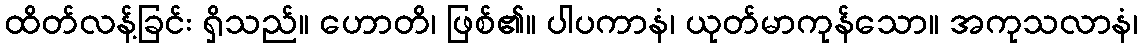
ထိတ်လန့်ခြင်း ရှိသည်။ ဟောတိ၊ ဖြစ်၏။ ပါပကာနံ၊ ယုတ်မာကုန်သော။ အကုသလာနံ၊